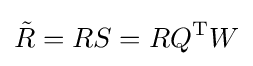
{\tilde {R}}=RS=RQ^{\rm {T}}W